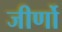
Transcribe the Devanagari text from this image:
जीर्णो